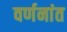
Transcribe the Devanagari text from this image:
वर्णनांत